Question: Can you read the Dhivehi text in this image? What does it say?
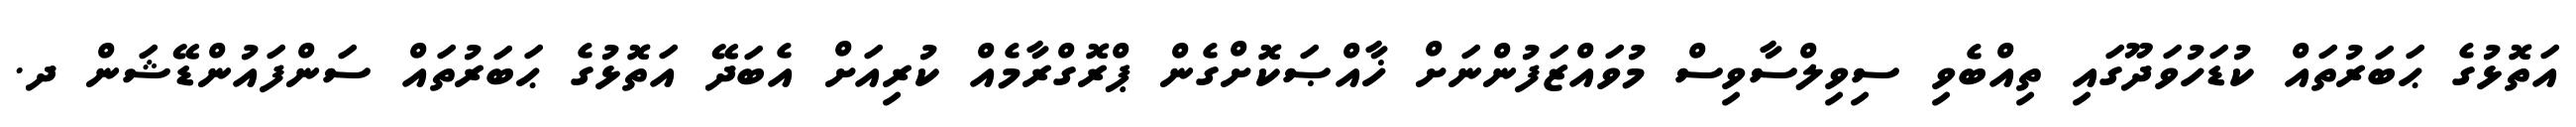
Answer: އަތޮޅުގެ ޙަބަރުތައް ކުޑަހުވަދޫގައި ތިއްބެވި ސިވިލްސާވިސް މުވައްޒަފުންނަށް ޚާއްޞަކޮށްގެން ޕްރޮގްރާމެއް ކުރިއަށް އެބަދޭ އަތޮޅުގެ ޙަބަރުތައް ސަންފައުންޑޭޝަން ދ.